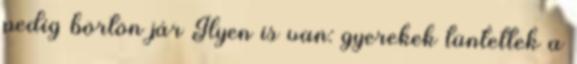
pedig börtön jár Ilyen is van: gyerekek tüntettek a